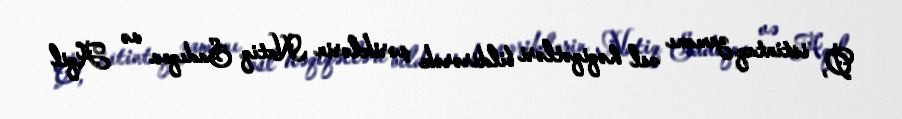
O, istintaq zamanı əsl həqiqətləri bildirərək şəriklərin Natiq Sadıqov və Aqil